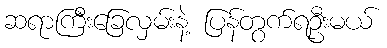
ဆရာကြီးခြေလှမ်းနဲ့ ပြန်တွက်ရဦးမယ်